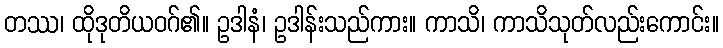
တဿ၊ ထိုဒုတိယဝဂ်၏။ ဥဒါနံ၊ ဥဒါန်းသည်ကား။ ကာသိ၊ ကာသိသုတ်လည်းကောင်း။